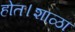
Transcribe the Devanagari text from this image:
होत।शाळा